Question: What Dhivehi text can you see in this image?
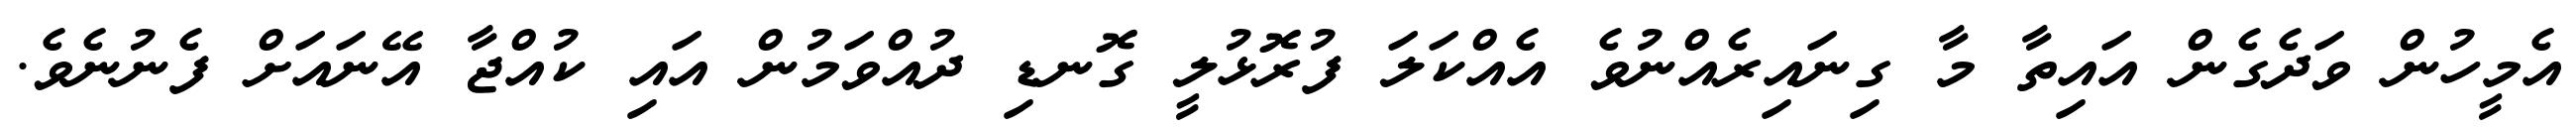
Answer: އެމީހުން ވަދެގެން އައިތާ މާ ގިނައިރެއްނުވެ އެއްކަލަ ފުރޮޅުލީ ގޮނޑި ދުއްވަމުން އައި ކުއްޖާ އޭނައަށް ފެނުނެވެ.